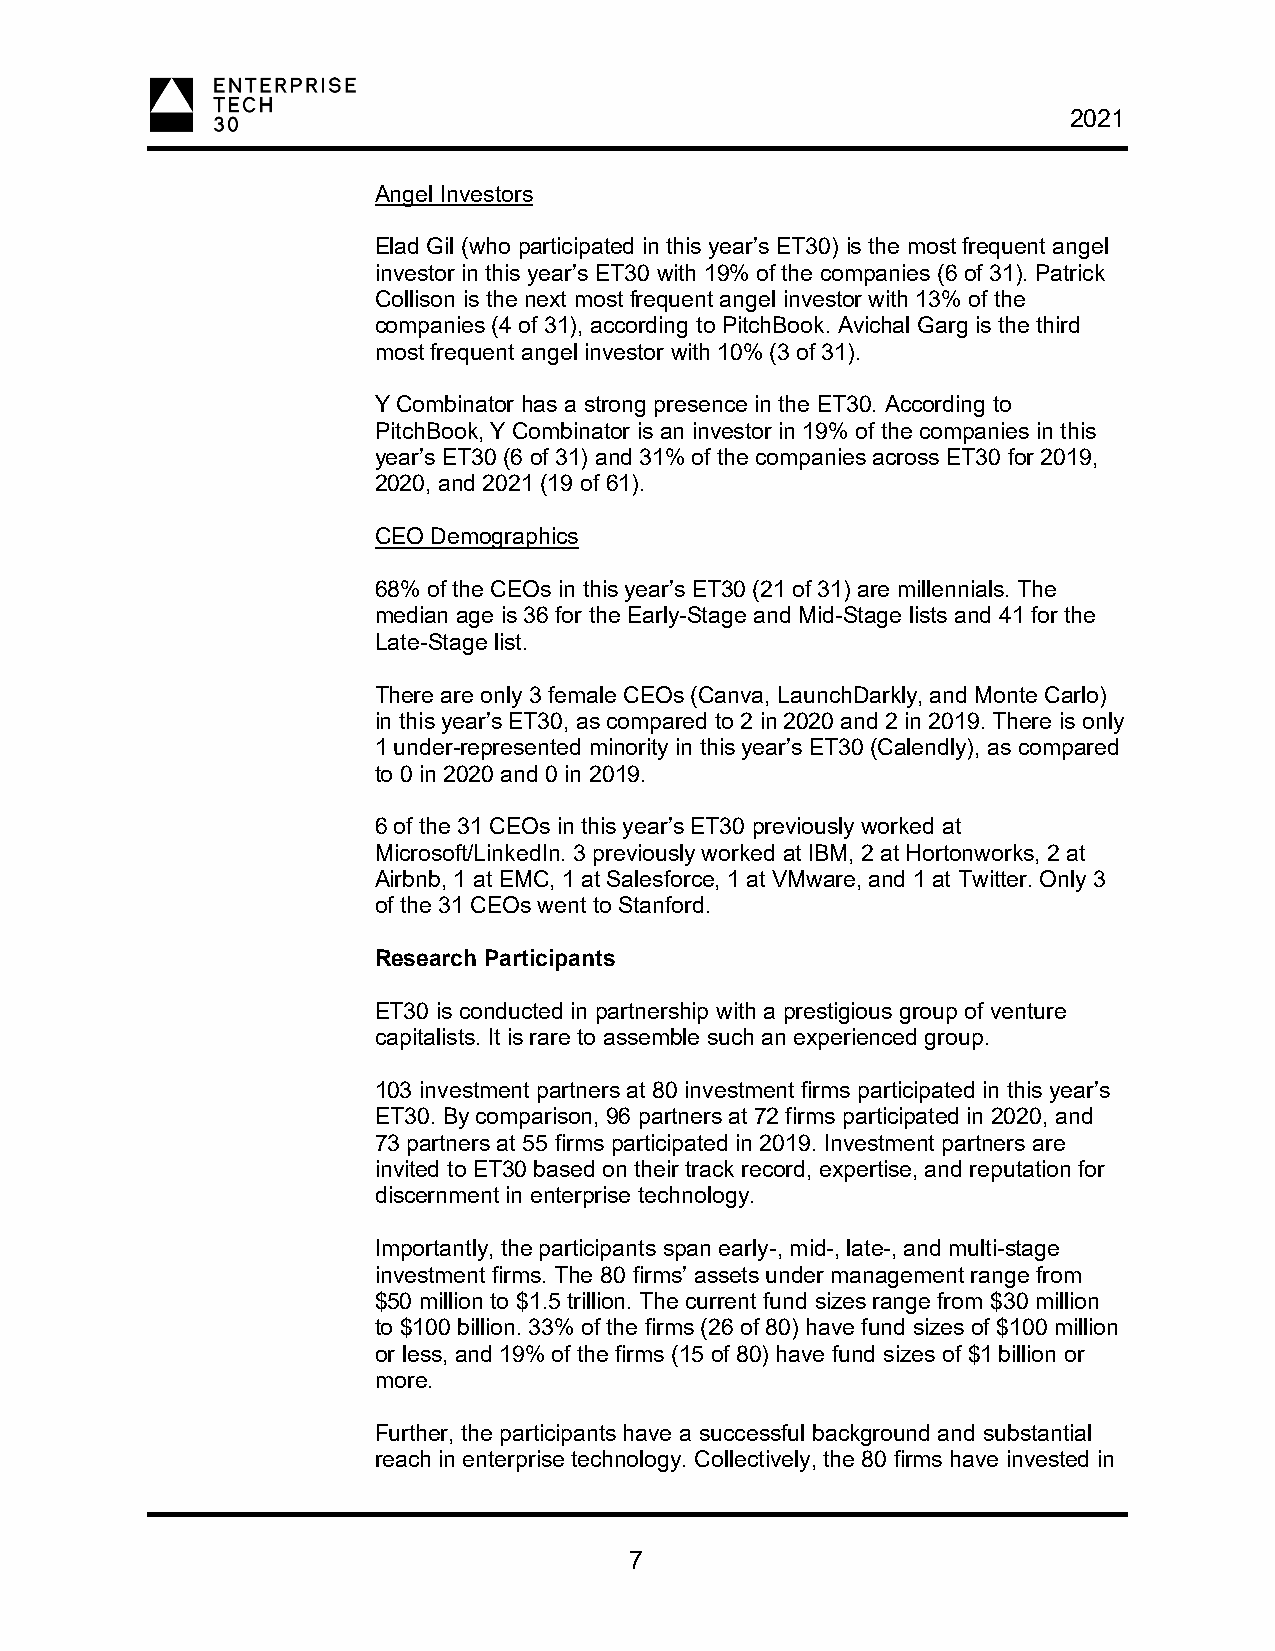
2021
 Angel Investors
 Elad Gil (who participated in this year’s ET30) is the most frequent angel
 investor in this year’s ET30 with 19% of the companies (6 of 31). Patrick
 Collison is the next most frequent angel investor with 13% of the
 companies (4 of 31), according to PitchBook. Avichal Garg is the third
 most frequent angel investor with 10% (3 of 31).
 Y Combinator has a strong presence in the ET30. According to
 PitchBook, Y Combinator is an investor in 19% of the companies in this
 year’s ET30 (6 of 31) and 31% of the companies across ET30 for 2019,
 2020, and 2021 (19 of 61).
 CEO Demographics
 68% of the CEOs in this year’s ET30 (21 of 31) are millennials. The
 median age is 36 for the Early-Stage and Mid-Stage lists and 41 for the
 Late-Stage list.
 There are only 3 female CEOs (Canva, LaunchDarkly, and Monte Carlo)
 in this year’s ET30, as compared to 2 in 2020 and 2 in 2019. There is only
 1 under-represented minority in this year’s ET30 (Calendly), as compared
 to 0 in 2020 and 0 in 2019.
 6 of the 31 CEOs in this year’s ET30 previously worked at
 Microsoft/LinkedIn. 3 previously worked at IBM, 2 at Hortonworks, 2 at
 Airbnb, 1 at EMC, 1 at Salesforce, 1 at VMware, and 1 at Twitter. Only 3
 of the 31 CEOs went to Stanford.
 Research Participants
 ET30 is conducted in partnership with a prestigious group of venture
 capitalists. It is rare to assemble such an experienced group.
 103 investment partners at 80 investment firms participated in this year’s
 ET30. By comparison, 96 partners at 72 firms participated in 2020, and
 73 partners at 55 firms participated in 2019. Investment partners are
 invited to ET30 based on their track record, expertise, and reputation for
 discernment in enterprise technology.
 Importantly, the participants span early-, mid-, late-, and multi-stage
 investment firms. The 80 firms’ assets under management range from
 $50 million to $1.5 trillion. The current fund sizes range from $30 million
 to $100 billion. 33% of the firms (26 of 80) have fund sizes of $100 million
 or less, and 19% of the firms (15 of 80) have fund sizes of $1 billion or
 more.
 Further, the participants have a successful background and substantial
 reach in enterprise technology. Collectively, the 80 firms have invested in
 7